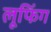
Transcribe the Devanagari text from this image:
लूफिंग